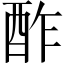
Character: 酢